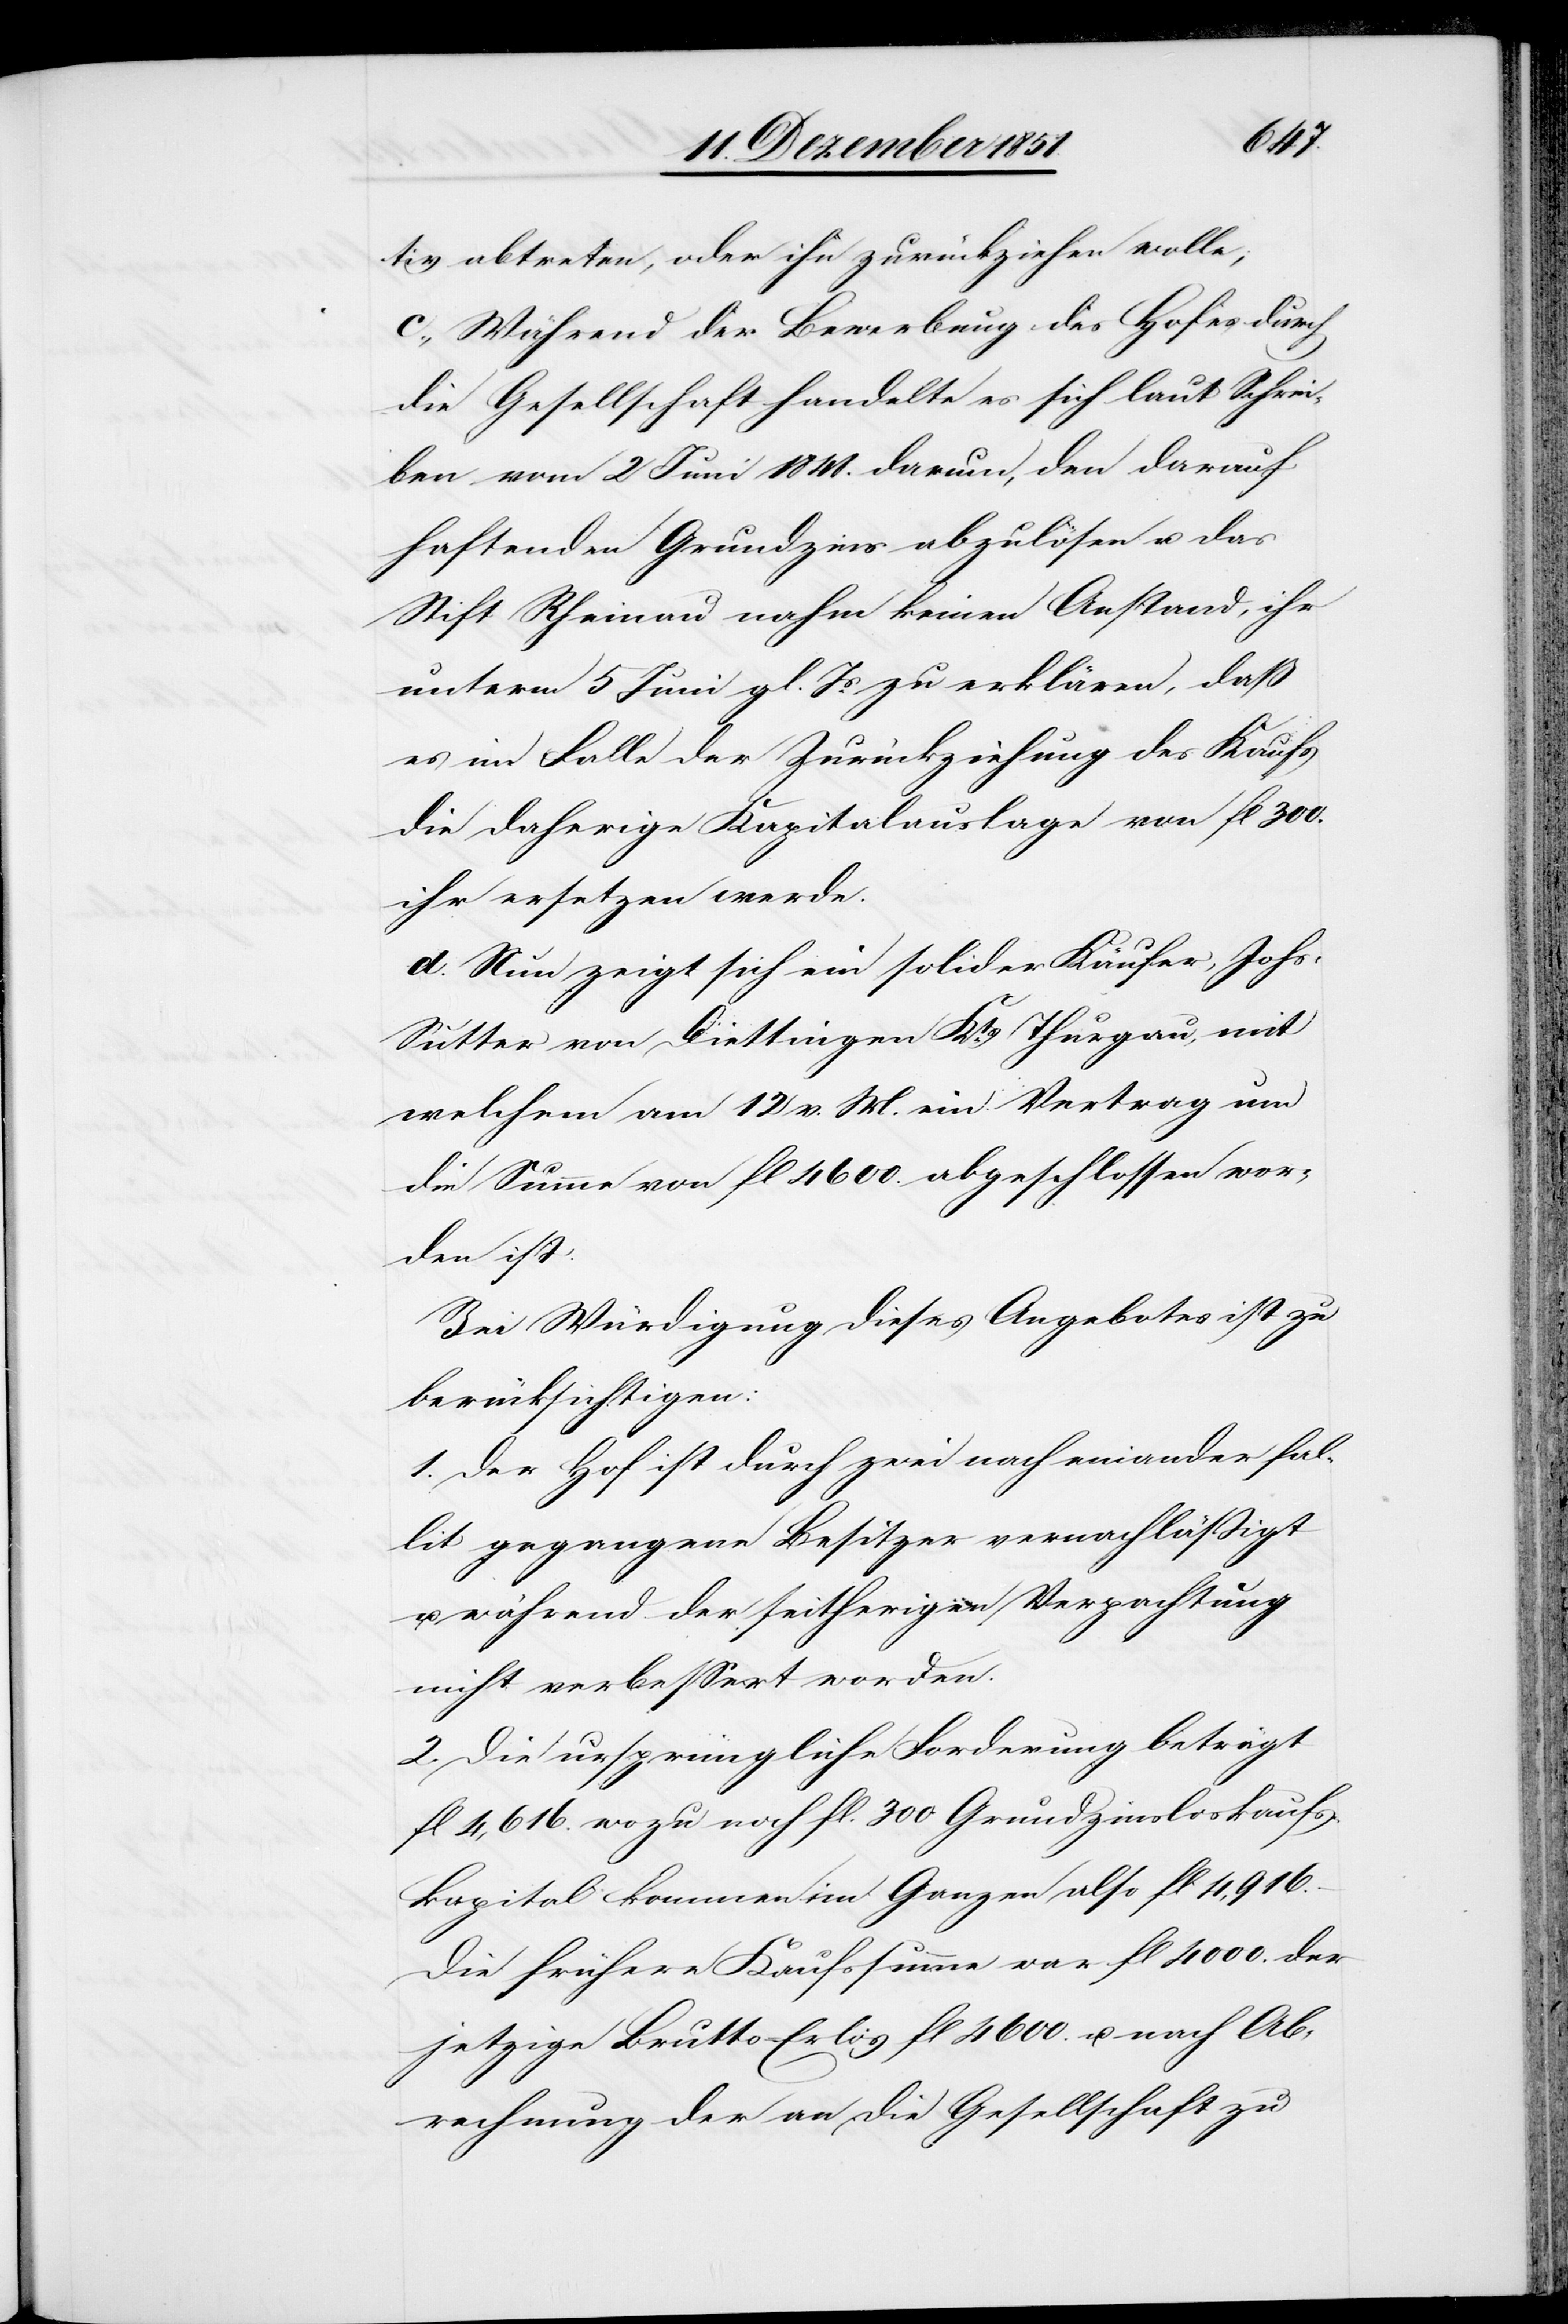
tiv abtreten, oder ihn zurückziehen wolle;
c., Während der Bewerbung des Hofes durch
die Gesellschaft handelte es sich laut Schrei¬
ben vom 2 Juni 1841. darum, den darauf
haftenden Grundzins abzulösen u. das
Stift Rheinau nahm keinen Anstand, ihr
unterm 5 Juni gl. Js. zu erklären, daß
es im Falle der Zurückziehung des Kaufs
die daherige Kapitalauslage von fl 300.
ihr ersetzen werde.
d. Nun zeigt sich ein solider Käufer, Johs.
Sutter [sic!] von Diettingen Kts. Thurgau, mit
welchem am 12 v. M. ein Vertrag um
die Summe von fl 4600. abgeschlossen wor¬
den ist.
Bei Würdigung dieses Angebotes ist zu
berücksichtigen:
1. Der Hof ist durch zwei nach einander fal¬
lit gegangene Besitzer vernachläßigt
u. während der seitherigen Verpachtung
nicht verbessert worden.
2. Die ursprüngliche Forderung beträgt
fl 4,616. wozu noch fl. 300 Grundzinsloskaufs¬
kapital kommen im Ganzen also fl 4,916.–
Die frühere Kaufssumme war fl 4000. der
jetzige Brutto-Erlös fl 4600. u. nach Ab¬
rechnung der an die Gesellschaft zu